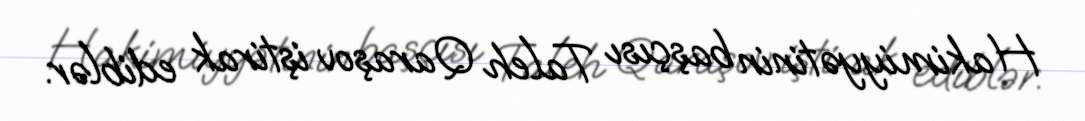
Hakimiyyətinin başçısı Taleh Qaraşov iştirak ediblər.